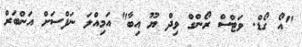
"އޯ ގޯޑް. ވަޓްސް ރޯންގް ވިދް ޔޫ އިބާ" އަމިއްލަ ނަފްސަށް އަންބަރް